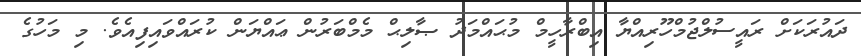
ދައުރަކަށް ރައީސުލްޖުމްހޫރިއްޔާ އިބްރާހީމް މުޙައްމަދު ޞާލިޙް މެމްބަރުން ޢައްޔަން ކުރައްވައިފިއެވެ. މި މަހުގެ